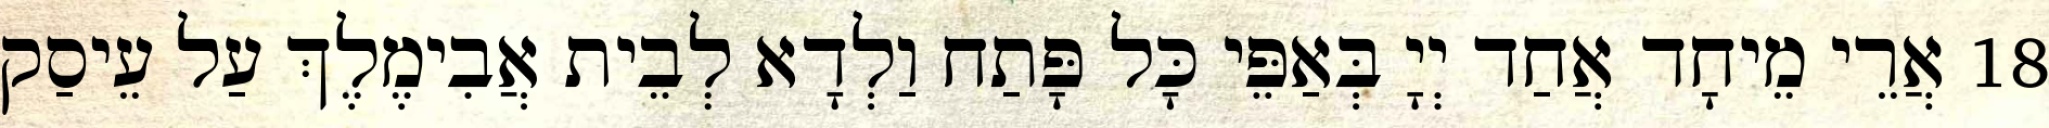
18 אֲרֵי מֵיחָד אֲחַד יְיָ בְּאַפֵּי כָּל פָּתַח וַלְדָא לְבֵית אֲבִימֶלֶךְ עַל עֵיסַק